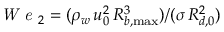
\textit { W e } _ { 2 } = ( \rho _ { w } \, u _ { 0 } ^ { 2 } \, R _ { b , \operatorname* { m a x } } ^ { 3 } ) / ( \sigma \, R _ { d , 0 } ^ { 2 } )